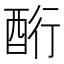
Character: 𮠧